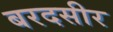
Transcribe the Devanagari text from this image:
बरदसीर